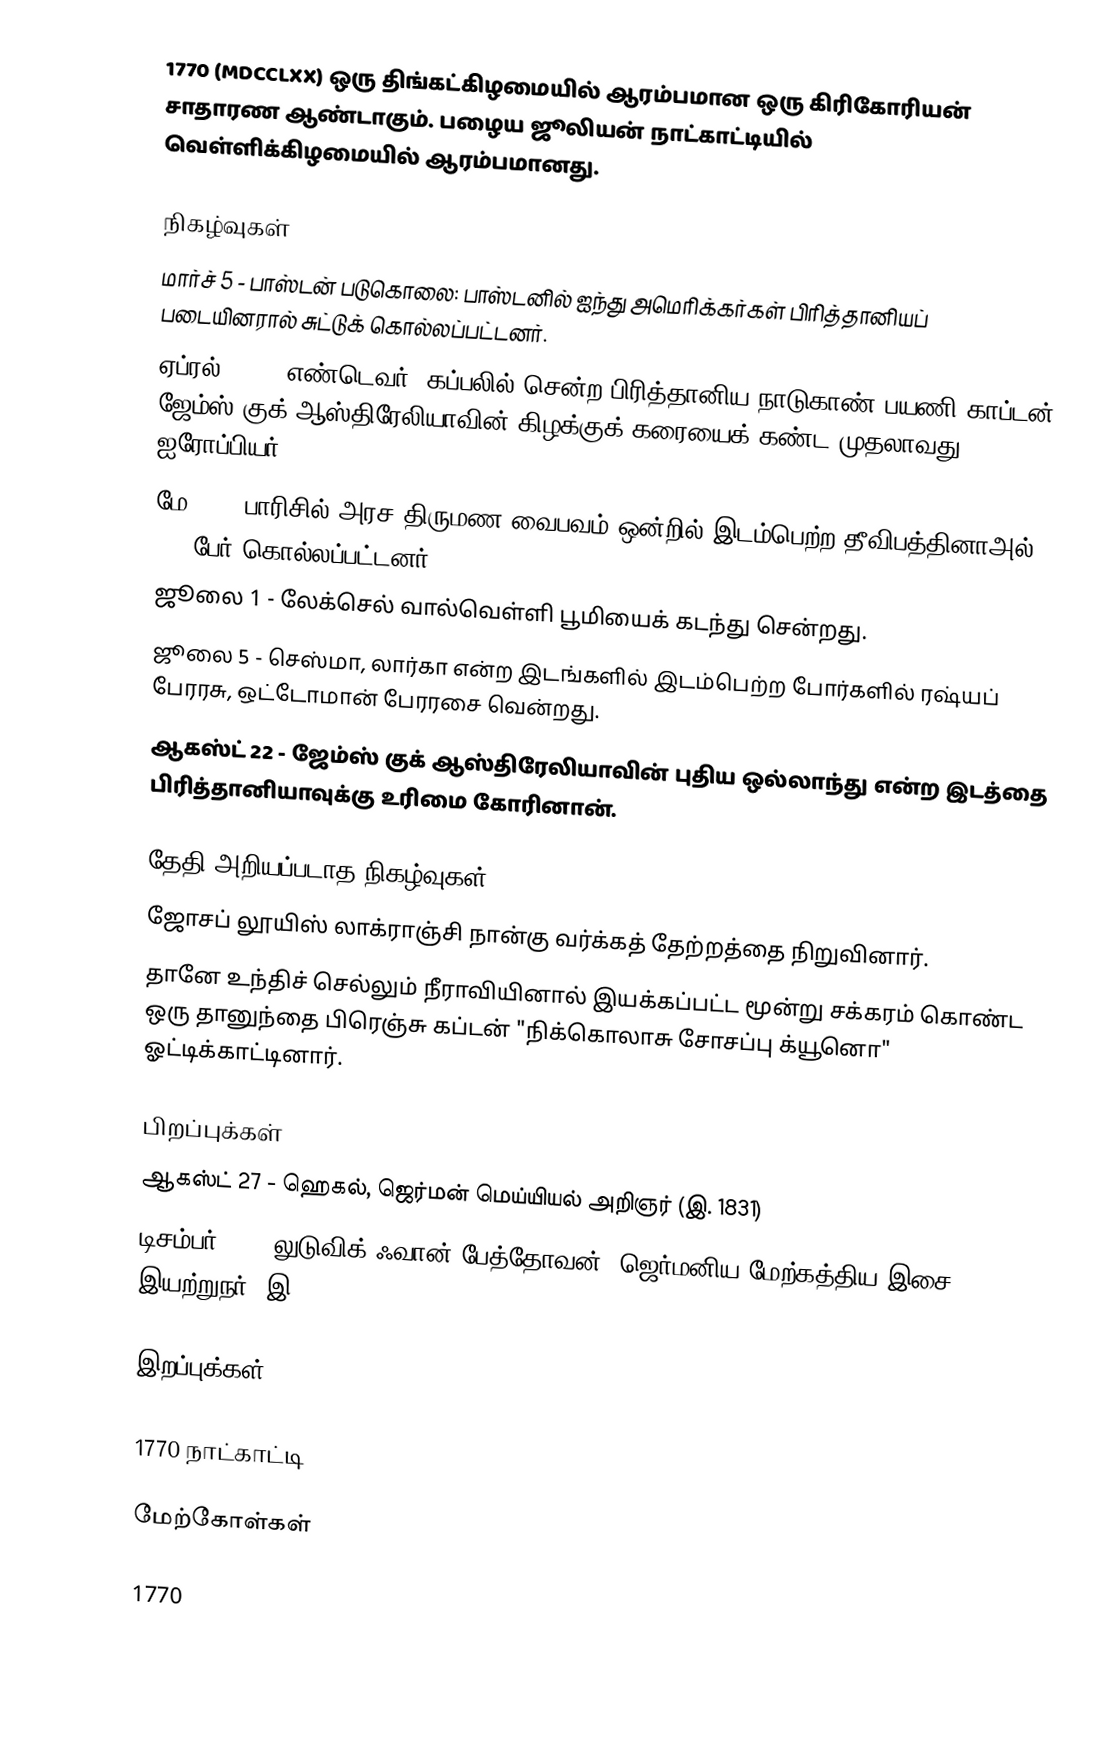
1770  (MDCCLXX) ஒரு திங்கட்கிழமையில் ஆரம்பமான ஒரு கிரிகோரியன் சாதாரண ஆண்டாகும். பழைய ஜூலியன் நாட்காட்டியில் வெள்ளிக்கிழமையில் ஆரம்பமானது.

நிகழ்வுகள்
 மார்ச் 5 - பாஸ்டன் படுகொலை: பாஸ்டனில் ஐந்து அமெரிக்கர்கள் பிரித்தானியப் படையினரால் சுட்டுக் கொல்லப்பட்டனர்.
 ஏப்ரல் 19 - "எண்டெவர்" கப்பலில் சென்ற பிரித்தானிய நாடுகாண் பயணி காப்டன் ஜேம்ஸ் குக் ஆஸ்திரேலியாவின் கிழக்குக் கரையைக் கண்ட முதலாவது ஐரோப்பியர்.
 மே 16 - பாரிசில் அரச திருமண வைபவம் ஒன்றில் இடம்பெற்ற தீவிபத்தினாஅல் 132 பேர் கொல்லப்பட்டனர்.
 ஜூலை 1 - லேக்செல் வால்வெள்ளி பூமியைக் கடந்து சென்றது.
 ஜூலை 5 - செஸ்மா, லார்கா என்ற இடங்களில் இடம்பெற்ற போர்களில் ரஷ்யப் பேரரசு, ஒட்டோமான் பேரரசை வென்றது.
 ஆகஸ்ட் 22 - ஜேம்ஸ் குக் ஆஸ்திரேலியாவின் புதிய ஒல்லாந்து என்ற இடத்தை பிரித்தானியாவுக்கு உரிமை கோரினான்.

தேதி அறியப்படாத நிகழ்வுகள்
 ஜோசப் லூயிஸ் லாக்ராஞ்சி நான்கு வர்க்கத் தேற்றத்தை நிறுவினார்.
 தானே உந்திச் செல்லும் நீராவியினால் இயக்கப்பட்ட மூன்று சக்கரம் கொண்ட ஒரு தானுந்தை பிரெஞ்சு கப்டன் "நிக்கொலாசு சோசப்பு க்யூனொ" ஓட்டிக்காட்டினார்.

பிறப்புக்கள்
 ஆகஸ்ட் 27 - ஹெகல், ஜெர்மன் மெய்யியல் அறிஞர் (இ. 1831)
 டிசம்பர் 16 - லுடுவிக் ஃவான் பேத்தோவன், ஜெர்மனிய மேற்கத்திய இசை இயற்றுநர் (இ. 1827)

இறப்புக்கள்

1770 நாட்காட்டி

மேற்கோள்கள்

1770